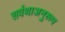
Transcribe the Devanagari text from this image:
सर्वथाअनुरूप